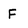
Character: F